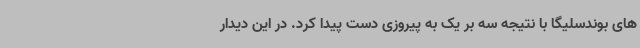
های بوندسلیگا با نتیجه سه بر یک به پیروزی دست پیدا کرد. در این دیدار